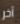
آخر